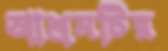
আশ্রমটির